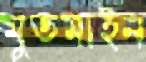
মুতমাইন